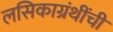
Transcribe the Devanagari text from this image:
लसिकाग्रंथींची